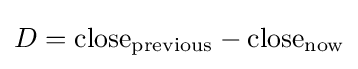
D={\text{close}}_{\text{previous}}-{\text{close}}_{\text{now}}